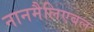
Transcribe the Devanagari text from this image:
नानमैलिएबल